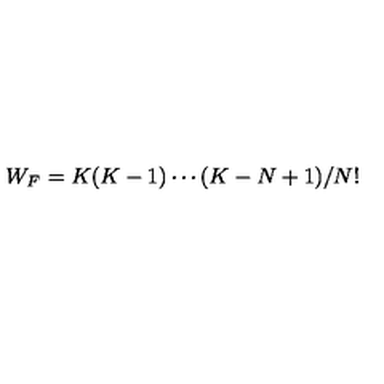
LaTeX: W _ { F } = K ( K - 1 ) \cdots ( K - N + 1 ) / N ! \nonumber